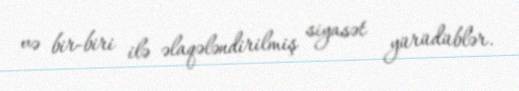
və bir-biri ilə əlaqələndirilmiş siyasət yürüdüblər.